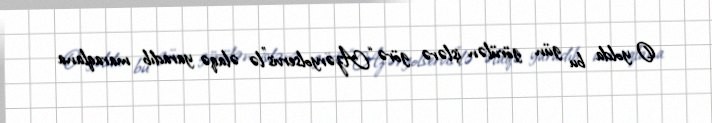
O yolda bu gün görülən işlərə görə “Azəryolservis”lə əlaqə yaradıb maraqlana